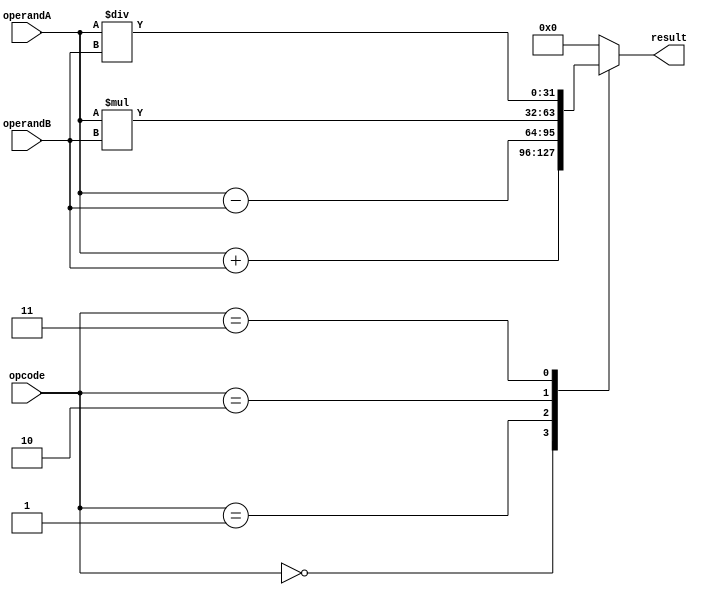
module FloatingPointALU (
    input [31:0] operandA,
    input [31:0] operandB,
    input [2:0] opcode,
    output reg [31:0] result
);

always @(*) begin
    case(opcode)
        3'b000: result = operandA + operandB; // Addition
        3'b001: result = operandA - operandB; // Subtraction
        3'b010: result = operandA * operandB; // Multiplication
        3'b011: result = operandA / operandB; // Division
        // Handle special cases
        // case 3'b100 for infinity
        // case 3'b101 for NaN
        // case 3'b110 for denormalized numbers
        default: result = 32'b0; // Invalid opcode
    endcase
end

endmodule